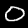
Digit: 0